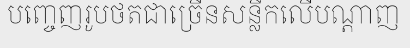
បញ្ចេញរូបថតជាច្រើនសន្លឹកលើបណ្តាញ